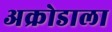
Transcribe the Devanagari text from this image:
अक्रोडाला